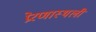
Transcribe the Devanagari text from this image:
प्रेरणास्थली